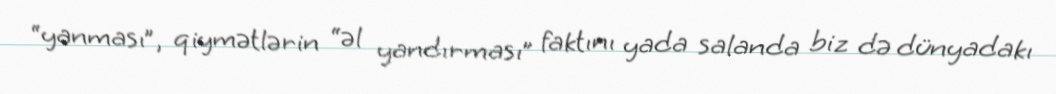
“yanması”, qiymətlərin “əl yandırması” faktını yada salanda biz də dünyadakı